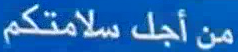
منْ أُجِلْ س